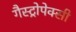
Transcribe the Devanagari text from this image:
गैस्ट्रोपेक्सी